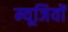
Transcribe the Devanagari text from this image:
म्यूजियों